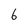
Character: 6